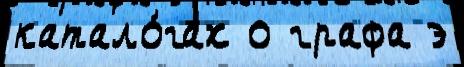
катало́гах о графа э